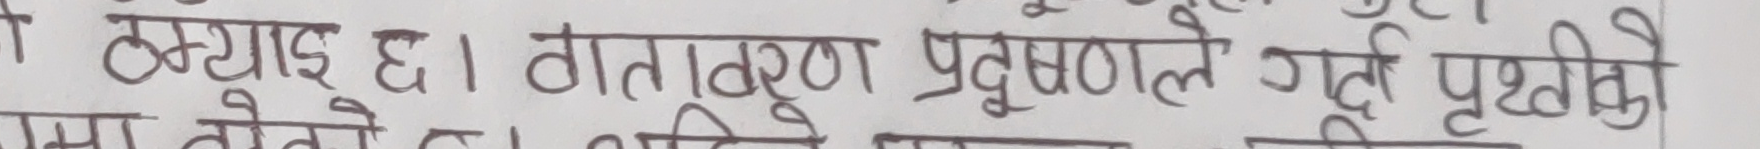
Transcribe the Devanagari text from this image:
ठड्याई छ। वातावरण प्रदुषणले गर्दा पृथ्वीको